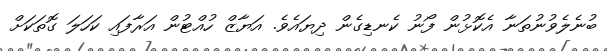
ބުނެލެވުނުތަނާ އެކޮޅުން ފޯނު ކެނޑިގެން ދިޔައެވެ. އަޔާޒް ހުއްޓުން އަރާފައި ކަހަލަ ގޮތަކަށް